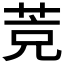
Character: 𦯇